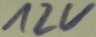
Text: 12V